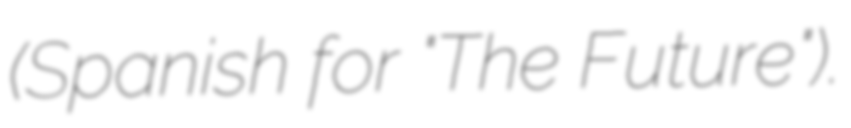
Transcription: (Spanish for "The Future").